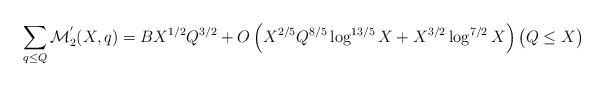
LaTeX: \begin{align*}\sum_{q\leq Q}\mathcal{M}_2^{'}(X,q)=BX^{1/2}Q^{3/2}+O\left(X^{2/5}Q^{8/5}\log^{13/5} X+X^{3/2}\log^{7/2}X\right)\big(Q\leq X\big)\end{align*}